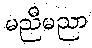
မညီမညာ